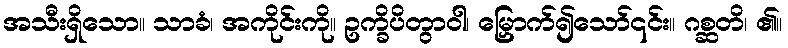
အသီးရှိသော။ သာခံ၊ အကိုင်းကို။ ဥက္ခိပိတွာဝါ၊ မြှောက်၍သော်၎င်း။ ဂစ္ဆတိ၊ ၏။